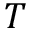
T